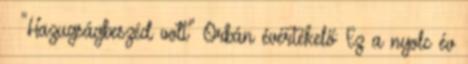
› "Hazugságbeszéd volt" Orbán évértékelő: Ez a nyolc év